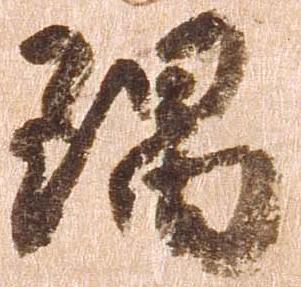
隅